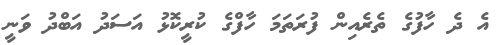
އެ ދެ ހާފުގެ ތެރެއިން ފުރަތަމަ ހާފްގެ ކުރީކޮޅު އަސަދު އަބްދު ވަނީ